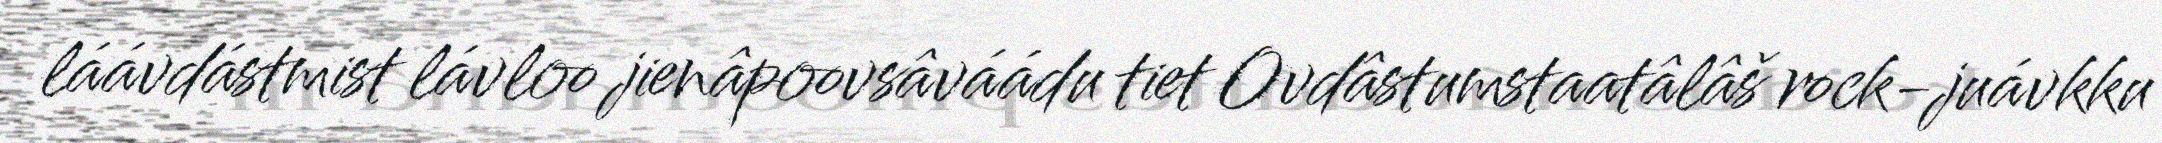
láávdástmist lávloo jienâpoovsâváádu tiet Ovdâstumstaatâlâš rock-juávkku